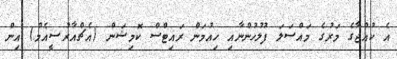
އެ ކުއްޖާގެ މަރުގެ މައްސަލަ ފުލުހުންނާއި ހިއުމަން ރައިޓްސް ކޮމިޝަން (އެޗްއާރުސީއެމް) އިން